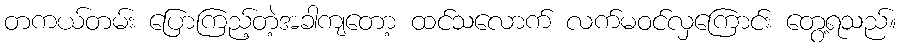
တကယ်တမ်း ပြောကြည့်တဲ့အခါကျတော့ ထင်သလောက် လက်မဝင်လှကြောင်း တွေ့ရသည်။